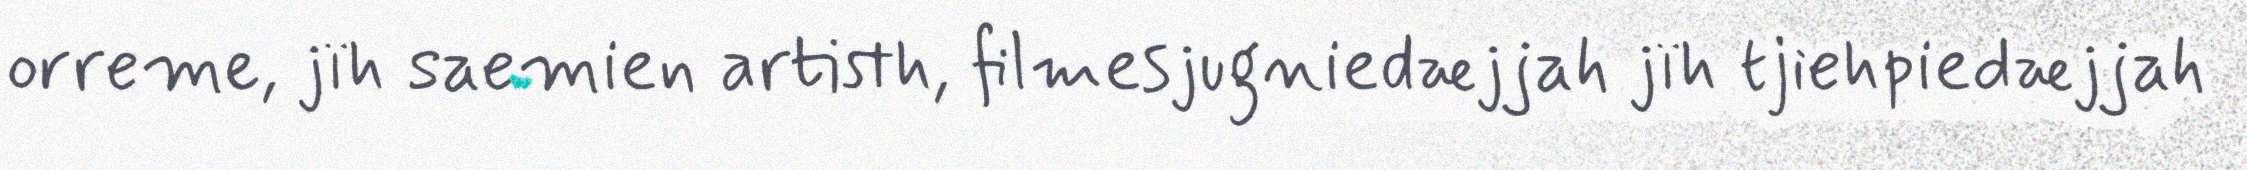
orreme, jïh saemien artisth, filmesjugniedæjjah jïh tjiehpiedæjjah